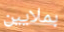
بملايين